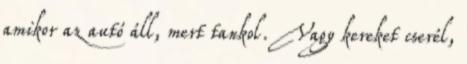
amikor az autó áll, mert tankol. Vagy kereket cserél,